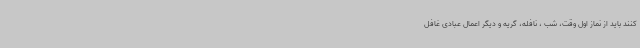
کنند باید از نماز اول وقت، شب ، نافله، گریه و دیگر اعمال عبادی غافل